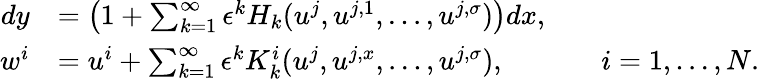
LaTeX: \begin{array}{rlrl}{dy}&{=\left(1+\sum_{k=1}^{\infty}\epsilon^{k}H_{k}(u^{j},u^{j,1},\ldots,u^{j,\sigma})\right)dx,}\\ {w^{i}}&{=u^{i}+\sum_{k=1}^{\infty}\epsilon^{k}K_{k}^{i}(u^{j},u^{j,x},\ldots,u^{j,\sigma}),}&&{i=1,\ldots,N.}\end{array}